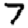
Digit: 7